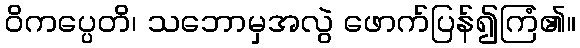
ဝိကပ္ပေတိ၊ သဘောမှအလွဲ ဖောက်ပြန်၍ကြံ၏။